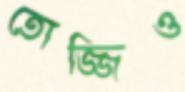
তোজ্জিও